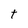
Character: t